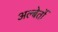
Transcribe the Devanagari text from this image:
अल्बेर्तो